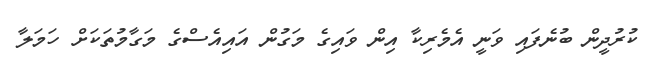
ކުރުދީން ބުނެފައި ވަނީ އެމެރިކާ އިން ވައިގެ މަގުން އައިއެސްގެ މަގާމުތަކަށް ހަމަލާ